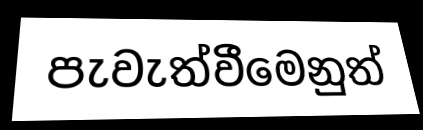
පැවැත්වීමෙනුත්